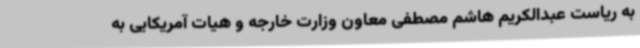
به ریاست عبدالکریم هاشم مصطفی معاون وزارت خارجه و هیات آمریکایی به